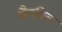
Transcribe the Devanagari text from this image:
ग्रैनबिल